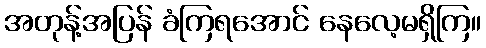
အတုန့်အပြန် ခံကြရအောင် နေလေ့မရှိကြ။